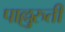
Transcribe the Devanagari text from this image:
पाल्लुरुती